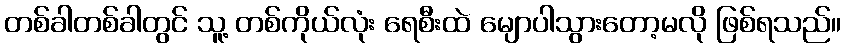
တစ်ခါတစ်ခါတွင် သူ့ တစ်ကိုယ်လုံး ရေစီးထဲ မျောပါသွားတော့မလို ဖြစ်ရသည်။